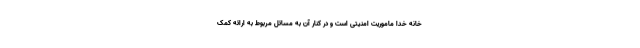
خانه خدا ماموریت امنیتی است و در کنار آن به مسائل مربوط به ارائه کمک